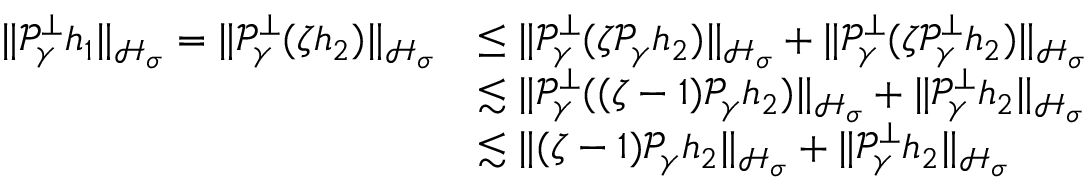
\begin{array} { r l } { \| \mathcal P _ { \gamma } ^ { \perp } h _ { 1 } \| _ { \mathcal H _ { \sigma } } = \| \mathcal P _ { \gamma } ^ { \perp } ( \zeta h _ { 2 } ) \| _ { \mathcal H _ { \sigma } } } & { \leq \| \mathcal P _ { \gamma } ^ { \perp } ( \zeta \mathcal P _ { \gamma } h _ { 2 } ) \| _ { \mathcal H _ { \sigma } } + \| \mathcal P _ { \gamma } ^ { \perp } ( \zeta \mathcal P _ { \gamma } ^ { \perp } h _ { 2 } ) \| _ { \mathcal H _ { \sigma } } } \\ & { \lesssim \| \mathcal P _ { \gamma } ^ { \perp } ( ( \zeta - 1 ) \mathcal P _ { \gamma } h _ { 2 } ) \| _ { \mathcal H _ { \sigma } } + \| \mathcal P _ { \gamma } ^ { \perp } h _ { 2 } \| _ { \mathcal H _ { \sigma } } } \\ & { \lesssim \| ( \zeta - 1 ) \mathcal P _ { \gamma } h _ { 2 } \| _ { \mathcal H _ { \sigma } } + \| \mathcal P _ { \gamma } ^ { \perp } h _ { 2 } \| _ { \mathcal H _ { \sigma } } } \end{array}